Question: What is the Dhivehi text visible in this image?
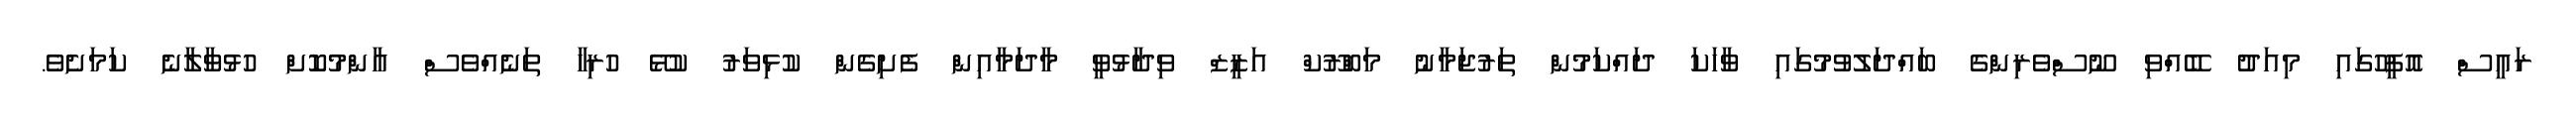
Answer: ރައީސް އޮފީހުގައި މިއަދު ބޭއްވި ނޫސްވެރިންގެ ބައްދަލުވުމުގައި ވާހަކަ ދައްކަމުން ތަރުޖަމާނު މަބްރޫކް އަޒީޒް ވިދާޅުވީ މާދަމާއިން ފެށިގެން ކުޅިވަރު ކުޅޭ ހުރިހާ ތަނެއްވެސް އާންމުކޮށް ހުޅުވާލާނެ ކަމަށެވެ.